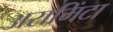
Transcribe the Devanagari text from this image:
अरामिंटा